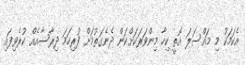
އެކަމަކު މި މައްސަލަ އޮތީ ކިހާ މިންވަރަކަށްކަން ދެނެގަތުމަށް ފުރިހަމަ ދިރާސާއެއް ކުރެވިފައި